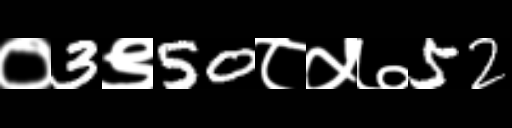
Text: ०3९50८५७52